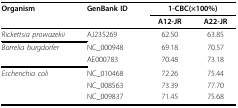
| Organism | GenBank ID | <COLSPAN=2> 1-CBC(×100%) |
 |  |  | A12-JR | A22-JR |
 | --- | --- | --- | --- |
 | Rickettsia prowazekii | AJ235269 | 62.50 | 63.85 |
 | Borrelia burgdorfer | NC_000948 | 69.18 | 70.57 |
 |  | AE000783 | 70.48 | 73.18 |
 | Escherichia coli | NC_010468 | 72.26 | 75.44 |
 |  | NC_008563 | 73.39 | 77.70 |
 |  | NC_009837 | 71.45 | 75.68 |